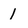
Character: 1